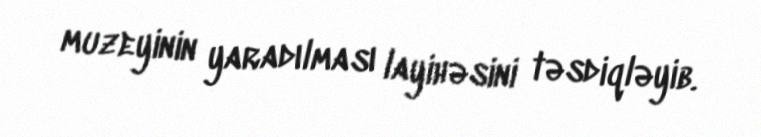
muzeyinin yaradılması layihəsini təsdiqləyib.